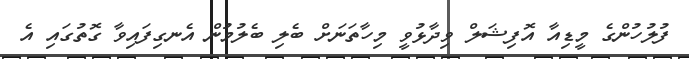
ފުލުހުންގެ މީޑިއާ އޮފިޝަލް ވިދާޅުވީ މިހާތަނަށް ބެލި ބެލުމުން އެނގިފައިވާ ގޮތުގައި އެ